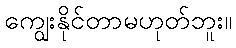
ကျွေးနိုင်တာမဟုတ်ဘူး။